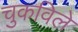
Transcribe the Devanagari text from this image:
चुकविले